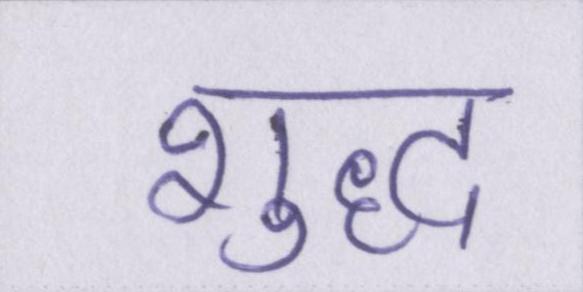
शुध्द